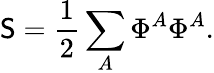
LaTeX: \mathsf{S}={\frac{{1}}{{2}}}\sum_{A}\Phi^{A}\Phi^{A}.